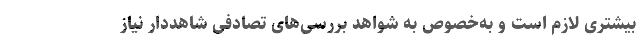
بیشتری لازم است و به‌خصوص به شواهد بررسی‌های تصادفی شاهددار نیاز